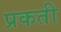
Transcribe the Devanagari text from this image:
प्रकती